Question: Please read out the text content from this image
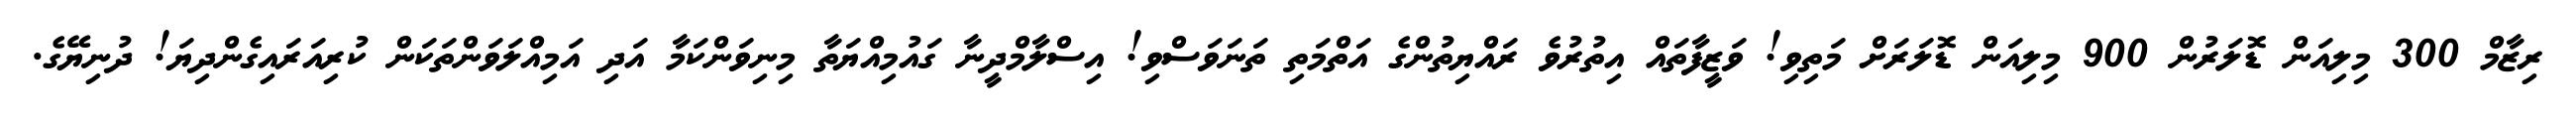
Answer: ރިޒާމް 300 މިލިއަން ޑޮލަރުން 900 މިލިއަން ޑޮލަރަށް މަތިވި! ވަޒީފާތައް އިތުރުވެ ރައްޔިތުންގެ އަތްމަތި ތަނަވަސްވި! އިސްލާމްދީނާ ގައުމިއްޔަތާ މިނިވަންކަމާ އަދި އަމިއްލަވަންތަކަން ކުރިއަރައިގެންދިޔަ! ދުނިޔޭގެ.